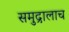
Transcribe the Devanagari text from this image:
समुद्रालाच